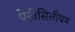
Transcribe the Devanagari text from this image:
पेनीसिलीयम